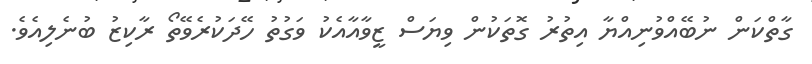
ގާތްކަން ނުބޭއްވުނިއްޔާ އިތުރު ގޮތަކުން ވިޔަސް ޒީވާއާއެކު ވަގުތު ހޭދަކުރެވޭތޯ ރާކިޒު ބުނެލިއެވެ.